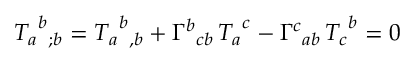
{ T _ { a } } ^ { b } { } _ { ; b } = { T _ { a } } ^ { b } { } _ { , b } + { \Gamma ^ { b } } _ { c b } \, { T _ { a } } ^ { c } - { \Gamma ^ { c } } _ { a b } \, { T _ { c } } ^ { b } = 0